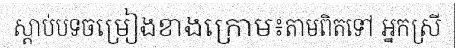
ស្តាប់បទចម្រៀងខាងក្រោម៖តាមពិតទៅ អ្នកស្រី